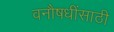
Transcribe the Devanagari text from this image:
वनौषधींसाठी